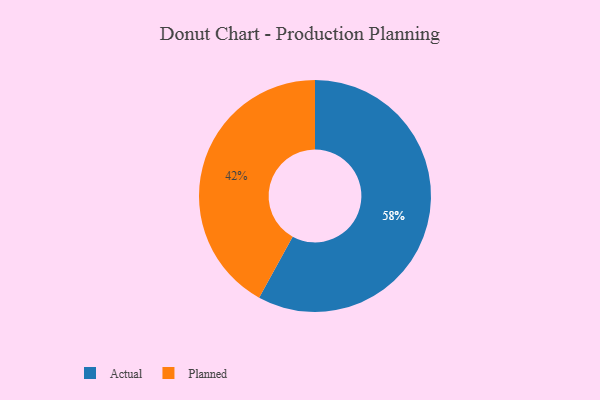
{"axis": {"x": "Category", "y": "Percentage"}, "legend": ["Actual", "Planned"], "data": [{"x": "Planned", "y": 42, "type": "Planned"}, {"x": "Actual", "y": 58, "type": "Actual"}]}